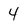
Character: 4